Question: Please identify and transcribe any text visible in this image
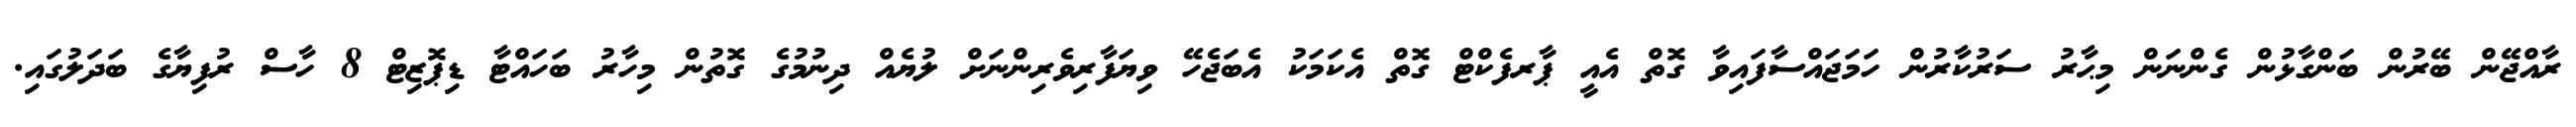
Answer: ރާއްޖޭން ބޭރުން ބަންގާޅުން ގެންނަން މިޙާރު ސަރުކާރުން ހަމަޖައްސާފައިވާ ގޮތް އެއީ ޕާރފެކްޓް ގޮތް އެކަމަކު އެބަޖެހޭ ވިޔަފާރިވެރިންނަށް ލުޔެއް ދިނުމުގެ ގޮތުން މިހާރު ބަހައްޓާ ޑިޕޮޒިޓް 8 ހާސް ރުފިޔާގެ ބަދަލުގައި.